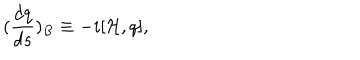
LaTeX: ( \frac { d q } { d s } ) _ { B } \equiv - i [ { \cal H } , q ] ,